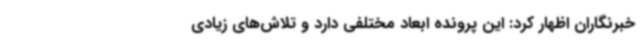
خبرنگاران اظهار کرد: این پرونده ابعاد مختلفی دارد و تلاش‌های زیادی